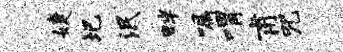
婕圯泯畔嘱喟甫咒